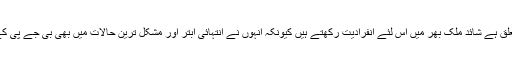
لالو پرساد یاود کا جہاں تک تعلق ہے شائد ملک بھر میں اس لئے انفرادیت رکھتے ہیں کیونکہ انہوں نے انتہائی ابتر اور مشکل ترین حالات میں بھی بی جے پی کے کبھی دوستی نہیں کی تھی ۔